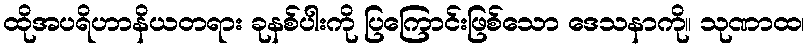
ထိုအပရိဟာနိယတရား ခုနစ်ပါးကို ပြကြောင်းဖြစ်သော ဒေသနာကို။ သုဏာထ၊